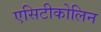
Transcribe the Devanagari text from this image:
एसिटीकोलिन